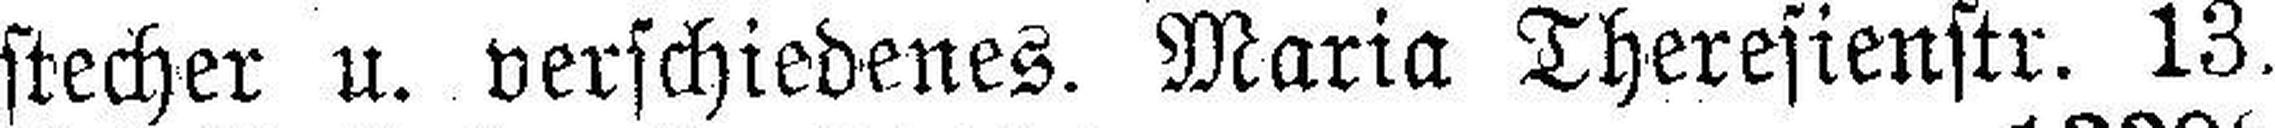
stecher u. verschiedenes. Maria Theresienstr. 13.